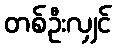
တစ်ဦးလျှင်